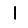
Digit: 1